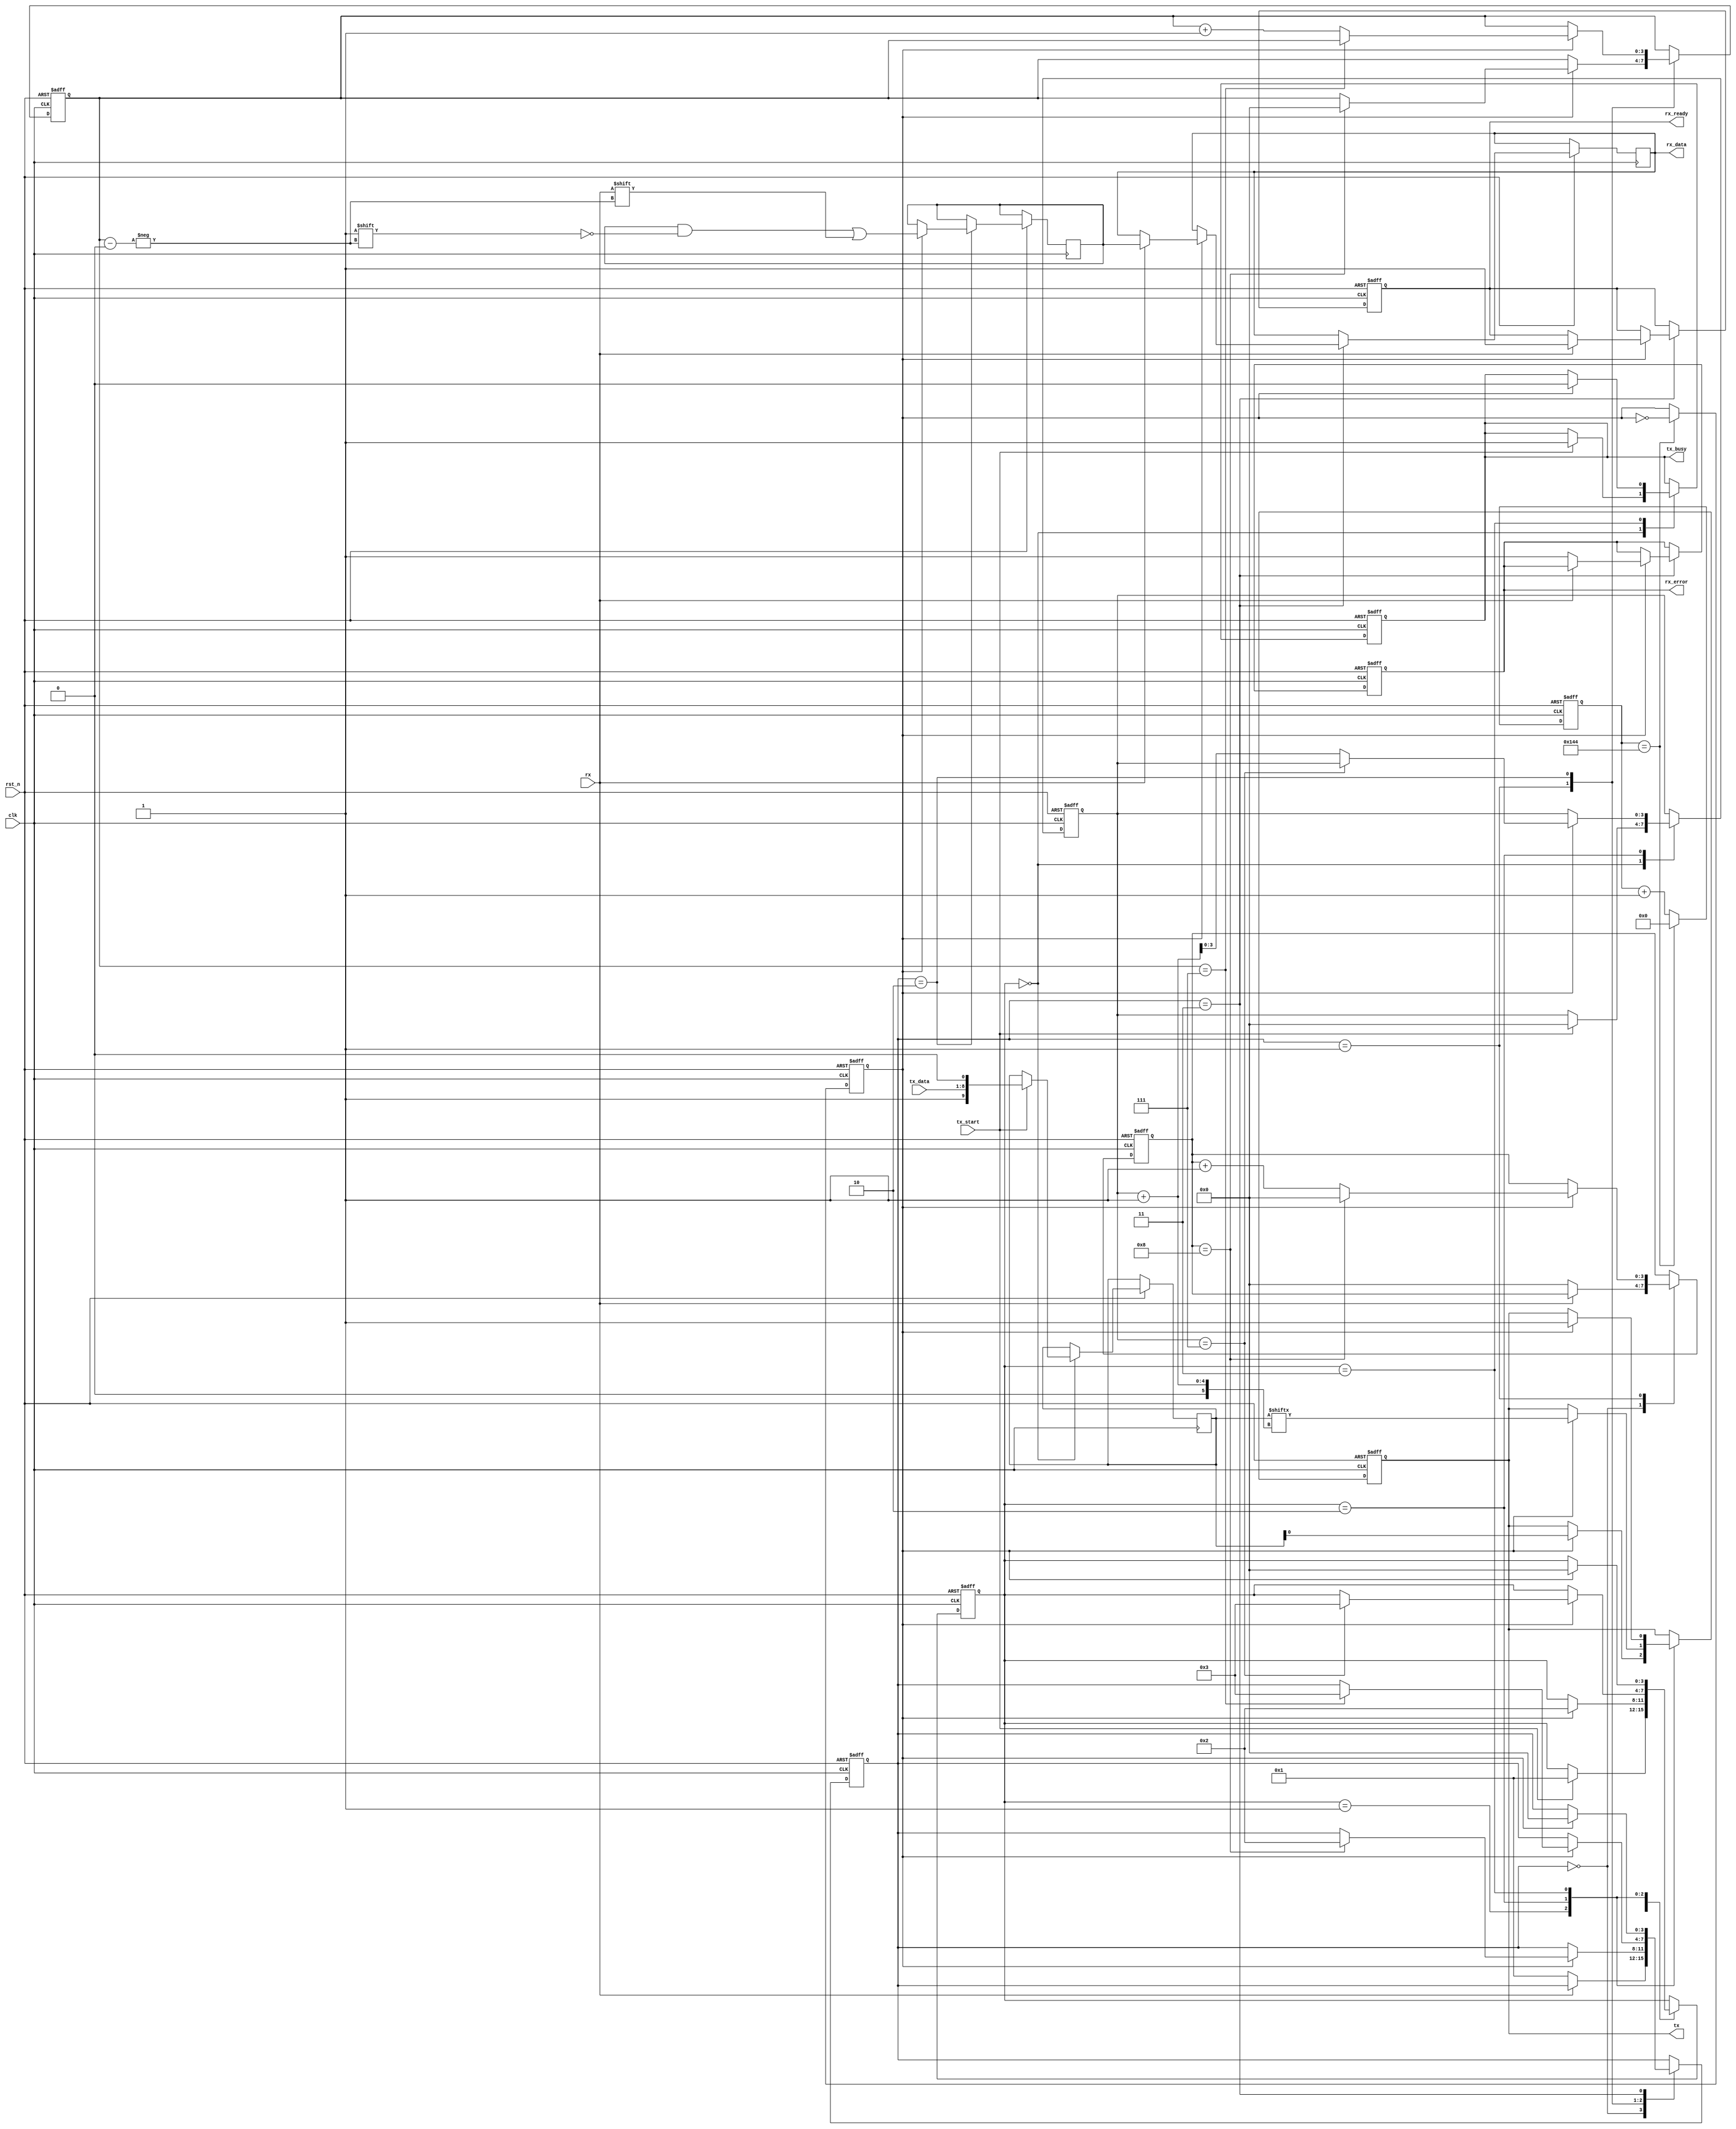
module parameterized_uart #(
    parameter BAUD_RATE = 9600,
    parameter CLOCK_FREQ = 50000000, // System clock frequency
    parameter DATA_WIDTH = 8,
    parameter STOP_BITS = 1,
    parameter PARITY = "NONE" // Options: "NONE", "EVEN", "ODD"
)(
    input wire clk,               // System clock
    input wire rst_n,             // Active low reset
    input wire tx_start,          // Start transmission signal
    input wire [DATA_WIDTH-1:0] tx_data, // Data to transmit
    output reg tx_busy,           // Transmission busy flag
    output reg tx,                // Transmit serial data
    input wire rx,                // Receive serial data
    output reg [DATA_WIDTH-1:0] rx_data, // Received data
    output reg rx_ready,          // Data ready flag
    output reg rx_error           // Error flag
);

    // Baud rate clock generation
    localparam BAUD_DIV = CLOCK_FREQ / (BAUD_RATE * 16);
    reg [15:0] baud_counter;
    reg baud_clk;

    always @(posedge clk or negedge rst_n) begin
        if (!rst_n) begin
            baud_counter <= 0;
            baud_clk <= 0;
        end else begin
            if (baud_counter == BAUD_DIV - 1) begin
                baud_counter <= 0;
                baud_clk <= ~baud_clk;
            end else begin
                baud_counter <= baud_counter + 1;
            end
        end
    end

    // Transmitter
    reg [3:0] tx_state;
    reg [DATA_WIDTH+1:0] tx_shift_reg; // Data + start + stop bits
    reg [3:0] tx_bit_count;

    localparam TX_IDLE = 0, TX_START = 1, TX_DATA = 2, TX_STOP = 3;

    always @(posedge clk or negedge rst_n) begin
        if (!rst_n) begin
            tx_state <= TX_IDLE;
            tx_busy <= 0;
            tx <= 1; // Idle state for UART is high
            tx_bit_count <= 0;
        end else begin
            case (tx_state)
                TX_IDLE: begin
                    if (tx_start) begin
                        tx_shift_reg <= {1'b1, tx_data, 1'b0}; // Stop bit, data, start bit
                        tx_bit_count <= 0;
                        tx_state <= TX_START;
                        tx_busy <= 1;
                    end
                end
                TX_START: begin
                    if (baud_clk) begin
                        tx <= tx_shift_reg[0]; // Send start bit
                        tx_state <= TX_DATA;
                    end
                end
                TX_DATA: begin
                    if (baud_clk) begin
                        tx <= tx_shift_reg[tx_bit_count + 1]; // Send data bits
                        if (tx_bit_count == DATA_WIDTH - 1) begin
                            tx_state <= TX_STOP;
                        end else begin
                            tx_bit_count <= tx_bit_count + 1;
                        end
                    end
                end
                TX_STOP: begin
                    if (baud_clk) begin
                        tx <= 1; // Send stop bit
                        tx_state <= TX_IDLE;
                        tx_busy <= 0;
                    end
                end
            endcase
        end
    end

    // Receiver
    reg [3:0] rx_state;
    reg [DATA_WIDTH-1:0] rx_shift_reg;
    reg [3:0] rx_bit_count;
    reg [3:0] rx_sample_count;

    localparam RX_IDLE = 0, RX_START = 1, RX_DATA = 2, RX_STOP = 3;

    always @(posedge clk or negedge rst_n) begin
        if (!rst_n) begin
            rx_state <= RX_IDLE;
            rx_ready <= 0;
            rx_error <= 0;
            rx_bit_count <= 0;
            rx_sample_count <= 0;
        end else begin
            case (rx_state)
                RX_IDLE: begin
                    if (!rx) begin // Start bit detected
                        rx_state <= RX_START;
                        rx_sample_count <= 0;
                    end
                end
                RX_START: begin
                    if (baud_clk) begin
                        if (rx_sample_count == 8) begin // Sample in the middle of the start bit
                            rx_state <= RX_DATA;
                            rx_bit_count <= 0;
                            rx_sample_count <= 0;
                        end else begin
                            rx_sample_count <= rx_sample_count + 1;
                        end
                    end
                end
                RX_DATA: begin
                    if (baud_clk) begin
                        rx_shift_reg[rx_bit_count] <= rx; // Capture data bit
                        if (rx_bit_count == DATA_WIDTH - 1) begin
                            rx_state <= RX_STOP;
                        end else begin
                            rx_bit_count <= rx_bit_count + 1;
                        end
                    end
                end
                RX_STOP: begin
                    if (baud_clk) begin
                        if (rx) begin // Check for stop bit
                            rx_data <= rx_shift_reg;
                            rx_ready <= 1;
                        end else begin
                            rx_error <= 1; // Framing error
                        end
                        rx_state <= RX_IDLE;
                    end
                end
            endcase
        end
    end

endmodule